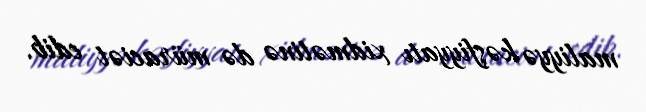
maliyyə kəşfiyyatı xidmətinə də müraciət edib.